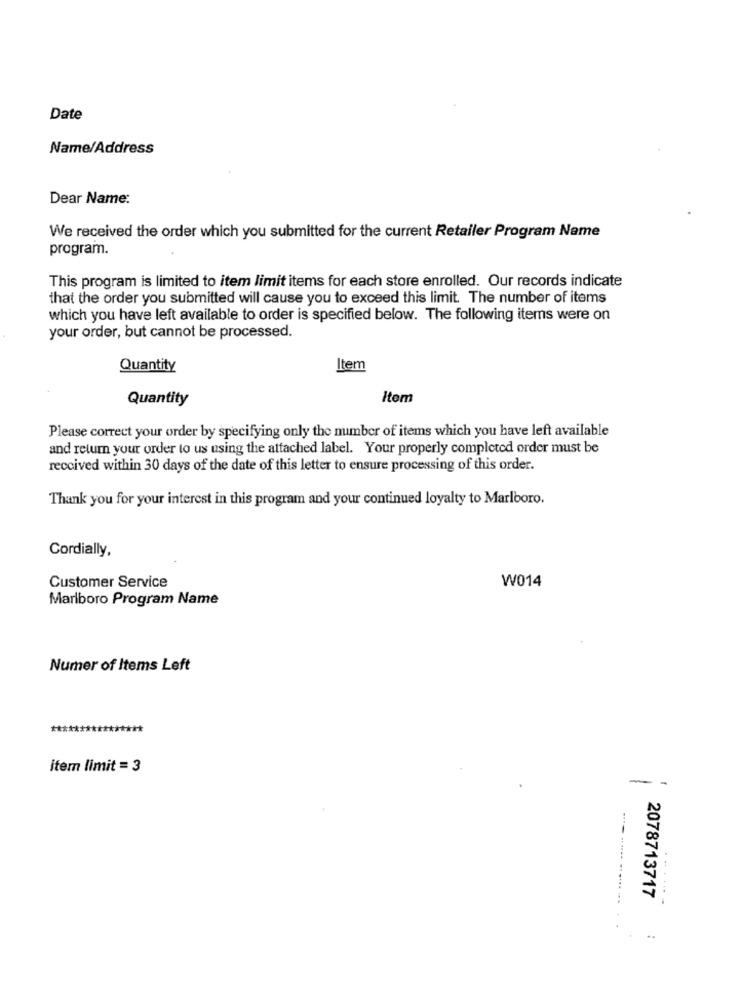
Date
Name/Address
Dear Name:
We received the order which you submitted for the current Retailer Program Name
program.
This program is limited to item limit items for each store enrolled. Our records indicate
that the order you submitted will cause you to exceed this limit. The number of items
which you have left available to order is specified below. The following items were on
your order, but cannot be processed.
Quantity
Item
Quantity
Item
Please correct your order by specifying only the number of items which you have left available
and relum your order to us using the attached label. Your properly completed order must be
received within 30 days of the date of this letter to ensure processing of this order.
Thank you for your interest in this program and your continued loyalty to Marlboro.
Cordially,
Customer Service
W014
Marlboro Program Name
Numer of Items Left
***
item limit = 3
--
------ ----- --
2078713717
......-